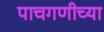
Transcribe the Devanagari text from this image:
पाचगणीच्या